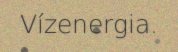
Vízenergia.